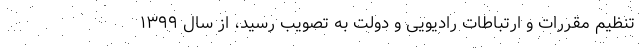
تنظیم مقررات و ارتباطات رادیویی و دولت به تصویب رسید، از سال ۱۳۹۹